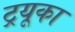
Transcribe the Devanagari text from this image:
ट्रयूका